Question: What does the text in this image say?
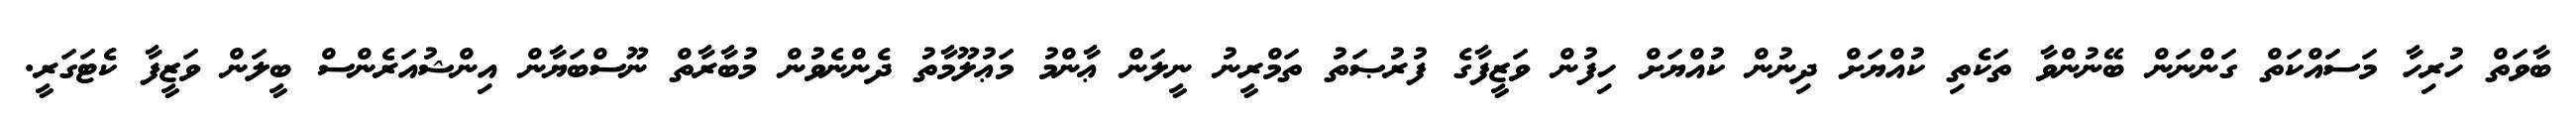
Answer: ބާވަތް ހުރިހާ މަސައްކަތް ގަންނަން ބޭނުންވާ ތަކެތި ކުއްޔަށް ދިނުން ކުއްޔަށް ހިފުން ވަޒީފާގެ ފުރުޞަތު ތަމްރީނު ނީލަން ޢާންމު މަޢުލޫމާތު ދެންނެވުން މުބާރާތް ނޫސްބަޔާން އިންޝުއަރެންސް ބީލަން ވަޒީފާ ކެޓަގަރީ.